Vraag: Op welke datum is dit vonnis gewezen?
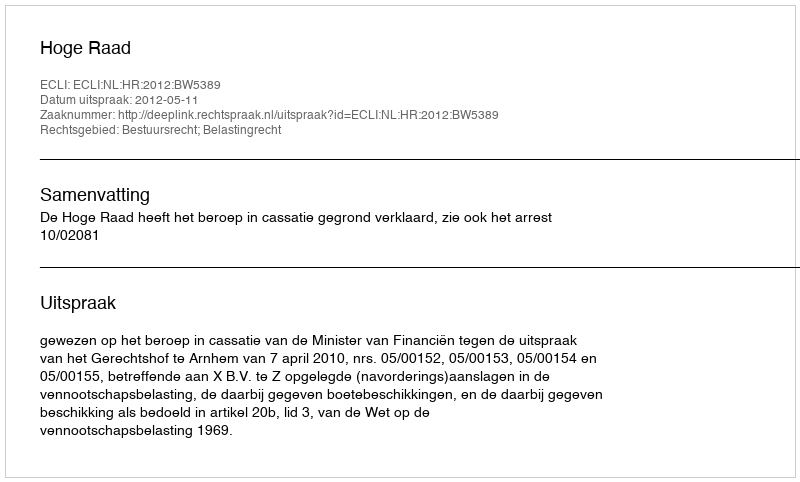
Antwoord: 2012-05-11